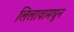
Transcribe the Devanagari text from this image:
लिलावामधून